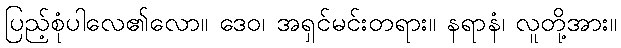
ပြည့်စုံပါလေ၏လော။ ဒေဝ၊ အရှင်မင်းတရား။ နရာနံ၊ လူတို့အား။